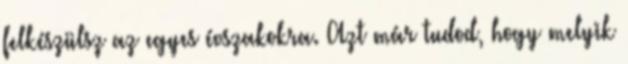
felkészülsz az egyes évszakokra. Azt már tudod, hogy melyik